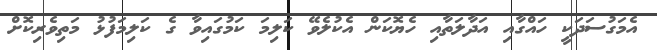
އެމަގުސަދަކީ ހައްގާއި އަދާލަތާއި ހެޔޮކަން އެކުލެވޭ ކަލިމަ ކަމުގައިވާ ގެ ކަލިމަފުޅު މަތިވެރިކޮށް